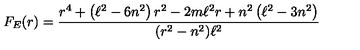
F _ { E } ( r ) = \frac { r ^ { 4 } + \left( \ell ^ { 2 } - 6 n ^ { 2 } \right) r ^ { 2 } - 2 m \ell ^ { 2 } r + n ^ { 2 } \left( \ell ^ { 2 } - 3 n ^ { 2 } \right) } { ( r ^ { 2 } - n ^ { 2 } ) \ell ^ { 2 } }